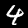
Digit: 4